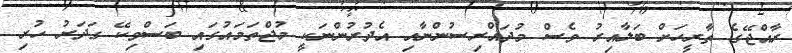
ރާއްޖޭގެ ތާރީހަށް ބަލާއިރު ވެސް މުދައްރިސުންނާއި އެދުރުންނަކީ މުޖްތަމައުގައި ބަސްވިކޭ ގަދަރު ހުރި